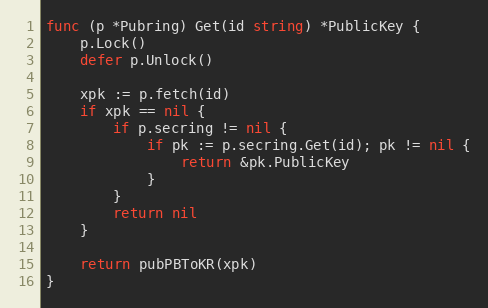
Language: Go
func (p *Pubring) Get(id string) *PublicKey {
	p.Lock()
	defer p.Unlock()

	xpk := p.fetch(id)
	if xpk == nil {
		if p.secring != nil {
			if pk := p.secring.Get(id); pk != nil {
				return &pk.PublicKey
			}
		}
		return nil
	}

	return pubPBToKR(xpk)
}